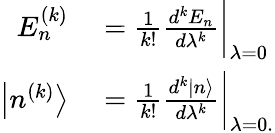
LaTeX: \begin{array}{rl}{E_{n}^{(k)}}&{{}={\frac{1}{k!}}{\frac{d^{k}E_{n}}{d\lambda^{k}}}{\bigg|}_{\lambda=0}}\\ {\left|n^{(k)}\right\rangle}&{{}={\frac{1}{k!}}{\frac{d^{k}|n\rangle}{d\lambda^{k}}}{\bigg|}_{\lambda=0.}}\end{array}